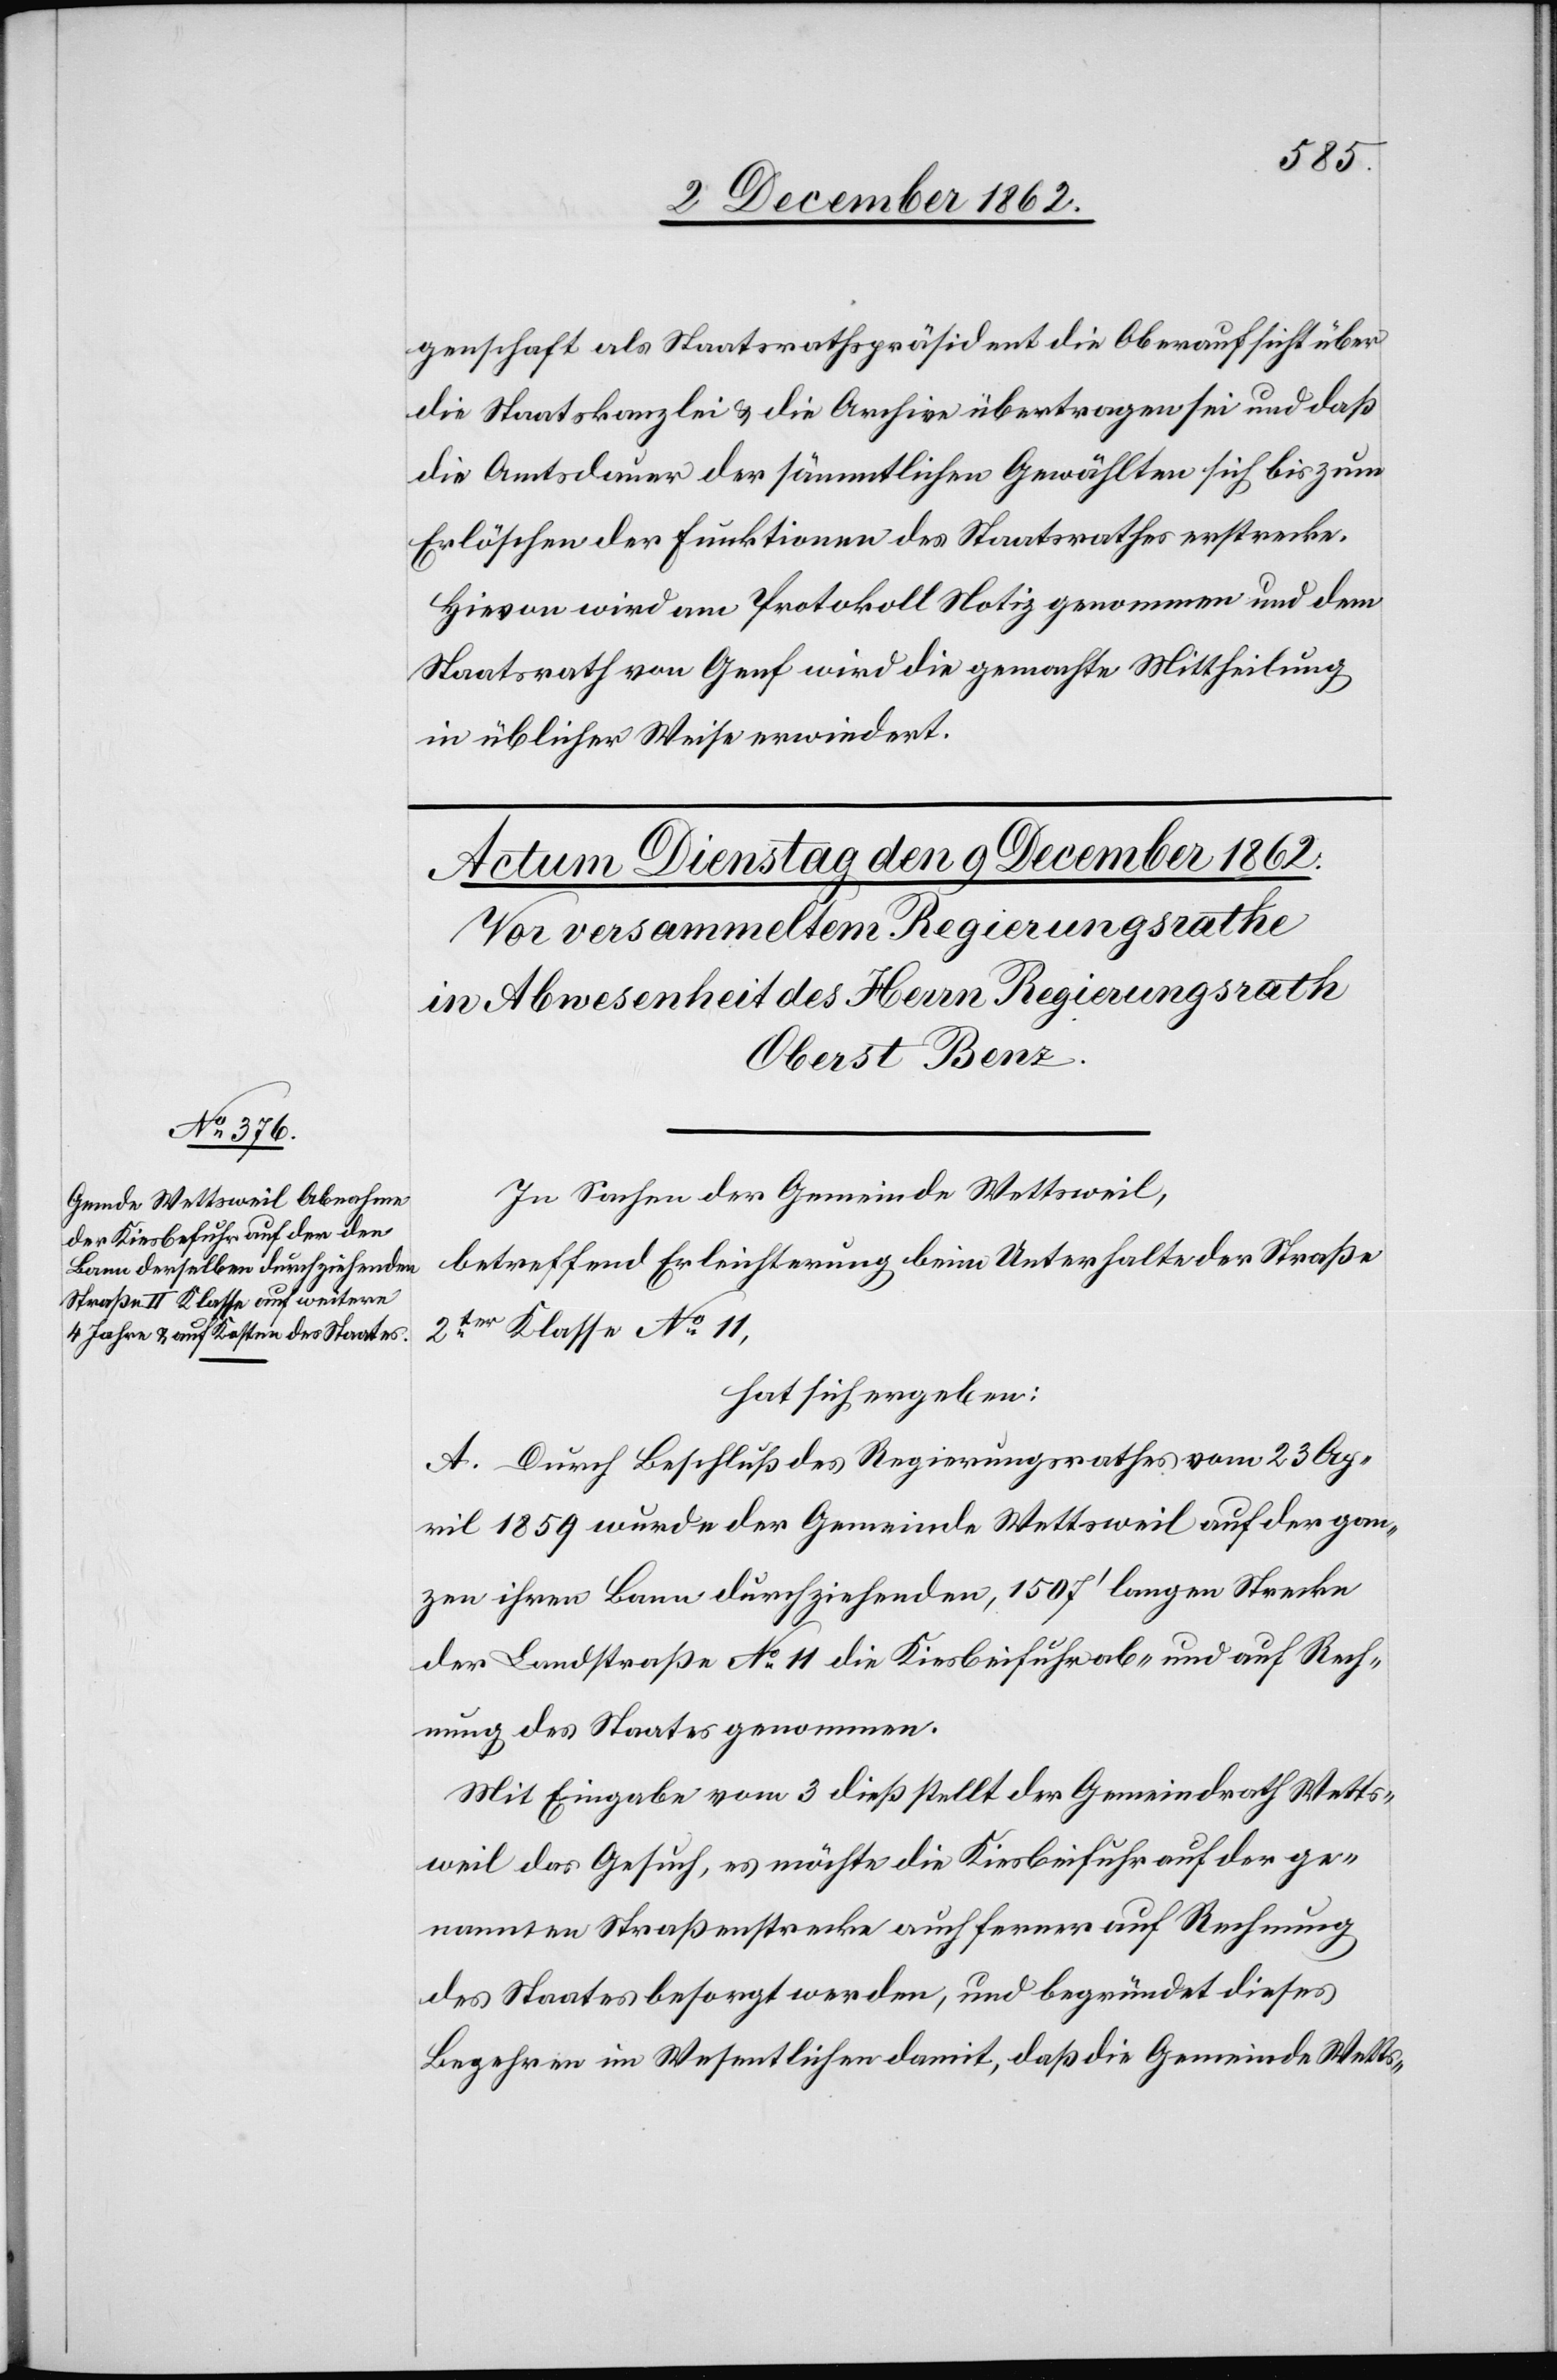
genschaft als Staatsrathspräsident die Oberaufsicht über
die Staatskanzlei u. die Archive übertragen sei und daß
die Amtsdauer der sämmtlichen Gewählten sich bis zum
Erlöschen der Funktionen des Staatsrathes erstrecke.
Hievon wird am Protokoll Notiz genommen und dem
Staatsrath von Genf wird die gemachte Mittheilung
in üblicher Weise erwiedert.
In Sachen der Gemeinde Wettsweil,
betreffend Erleichterung beim Unterhalte der Straße
2ter Klasse No 11,
hat sich ergeben:
A. Durch Beschluß des Regierungsrathes vom 23. Ap¬
ril 1859 wurde der Gemeinde Wettsweil auf der gan¬
zen ihren Bann durchziehenden, 1507’ langen Strecke
der Landstraße No 11 die Kiesbeifuhr ab- und auf Rech¬
nung des Staates genommen.
Mit Eingabe vom 3. dieß stellt der Gemeindrath Wetts¬
weil das Gesuch, es möchte die Kiesbeifuhr auf der ge¬
nannten Straßenstrecke auch ferner auf Rechnung
des Staates besorgt werden, und begründet dieses
Begehren im Wesentlichen damit, daß die Gemeinde Wetts-